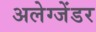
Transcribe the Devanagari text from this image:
अलेग्जेंडर